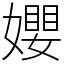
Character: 𡢞